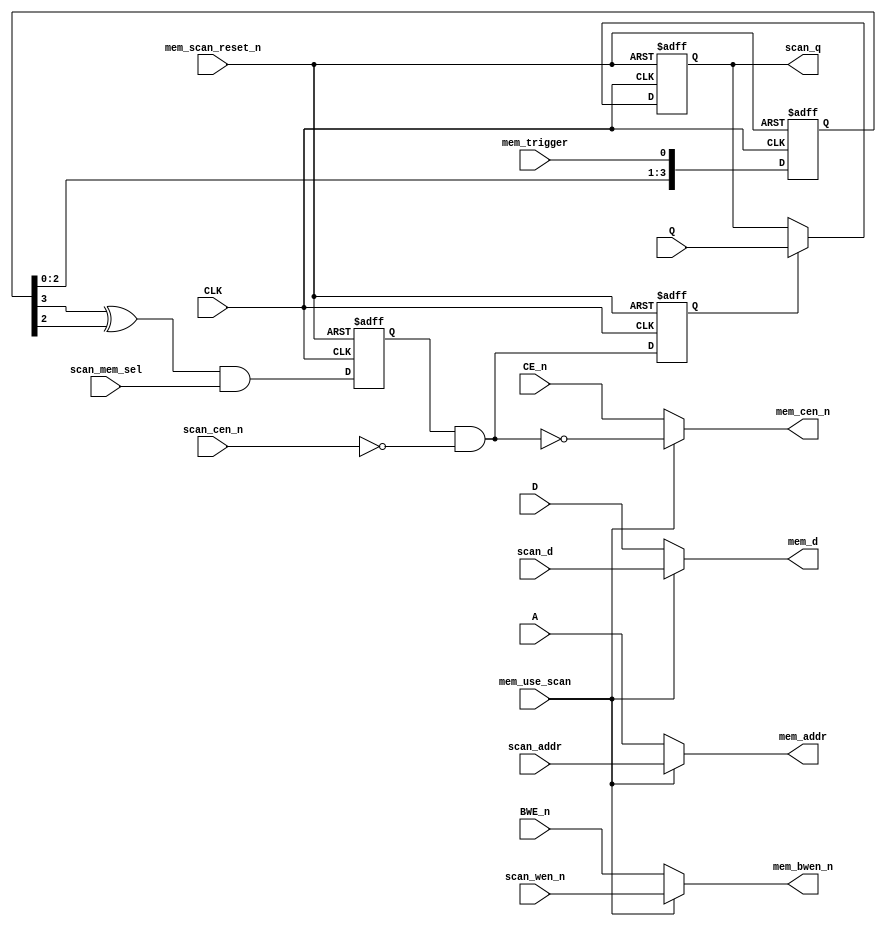
module mem_scan(
   // Control inputs from scan
   scan_mem_sel, mem_use_scan, mem_trigger, mem_scan_reset_n,
   // Input from Memory
   Q,
   // Outputs to the memory
   mem_addr, mem_d, mem_bwen_n, mem_cen_n,

   // Inputs from the scan
   scan_addr, scan_d, scan_wen_n, scan_cen_n, 
   // Output to the scan
   scan_q,

   // Inputs from the core
   A, D, BWE_n, CE_n, 
   CLK);

   parameter addrbits=16;
   parameter dqbits=32;

   input                   scan_mem_sel;
   
   input  [addrbits-1:0]   A;
   input  [addrbits-1:0]   scan_addr;
   output [addrbits-1:0]   mem_addr;

   input  [dqbits-1:0]     D;
   input  [dqbits-1:0]     scan_d;
   output [dqbits-1:0]     mem_d;
   
   input  		   BWE_n;
   input                   scan_wen_n;
   output 		   mem_bwen_n;
   
   input                   CE_n;
   input                   scan_cen_n;
   output                  mem_cen_n;
   
   input      [dqbits-1:0] Q;
   output reg [dqbits-1:0] scan_q;

   input                   mem_use_scan;
   input                   mem_trigger;
   input                   CLK;
   input                   mem_scan_reset_n;
   
   assign                mem_addr = mem_use_scan ? scan_addr : A;
   assign                mem_d = mem_use_scan ? scan_d : D;
   assign                mem_bwen_n = mem_use_scan ? {dqbits{scan_wen_n}} : BWE_n;
   reg                   access_ce;
   reg                   access_ce_last;
   assign                mem_cen_n = mem_use_scan ? ~(~scan_cen_n & access_ce) : CE_n;

   reg [3:0]             mem_trigger_sync;
   always @(posedge CLK or negedge mem_scan_reset_n)
   begin
      if(!mem_scan_reset_n)
      begin
         /*AUTORESET*/
         // Beginning of autoreset for uninitialized flops
         access_ce <= 1'h0;
         access_ce_last <= 1'h0;
         mem_trigger_sync <= 4'h0;
         scan_q <= {dqbits{1'b0}};
         // End of automatics
      end
      else
      begin
         mem_trigger_sync <= {mem_trigger_sync[2:0], mem_trigger};
         access_ce <= (mem_trigger_sync[3] ^ mem_trigger_sync[2]) & scan_mem_sel;
         access_ce_last <= access_ce & ~scan_cen_n;
         if(access_ce_last) begin
            scan_q <= Q;
         end
      end
   end
   
endmodule